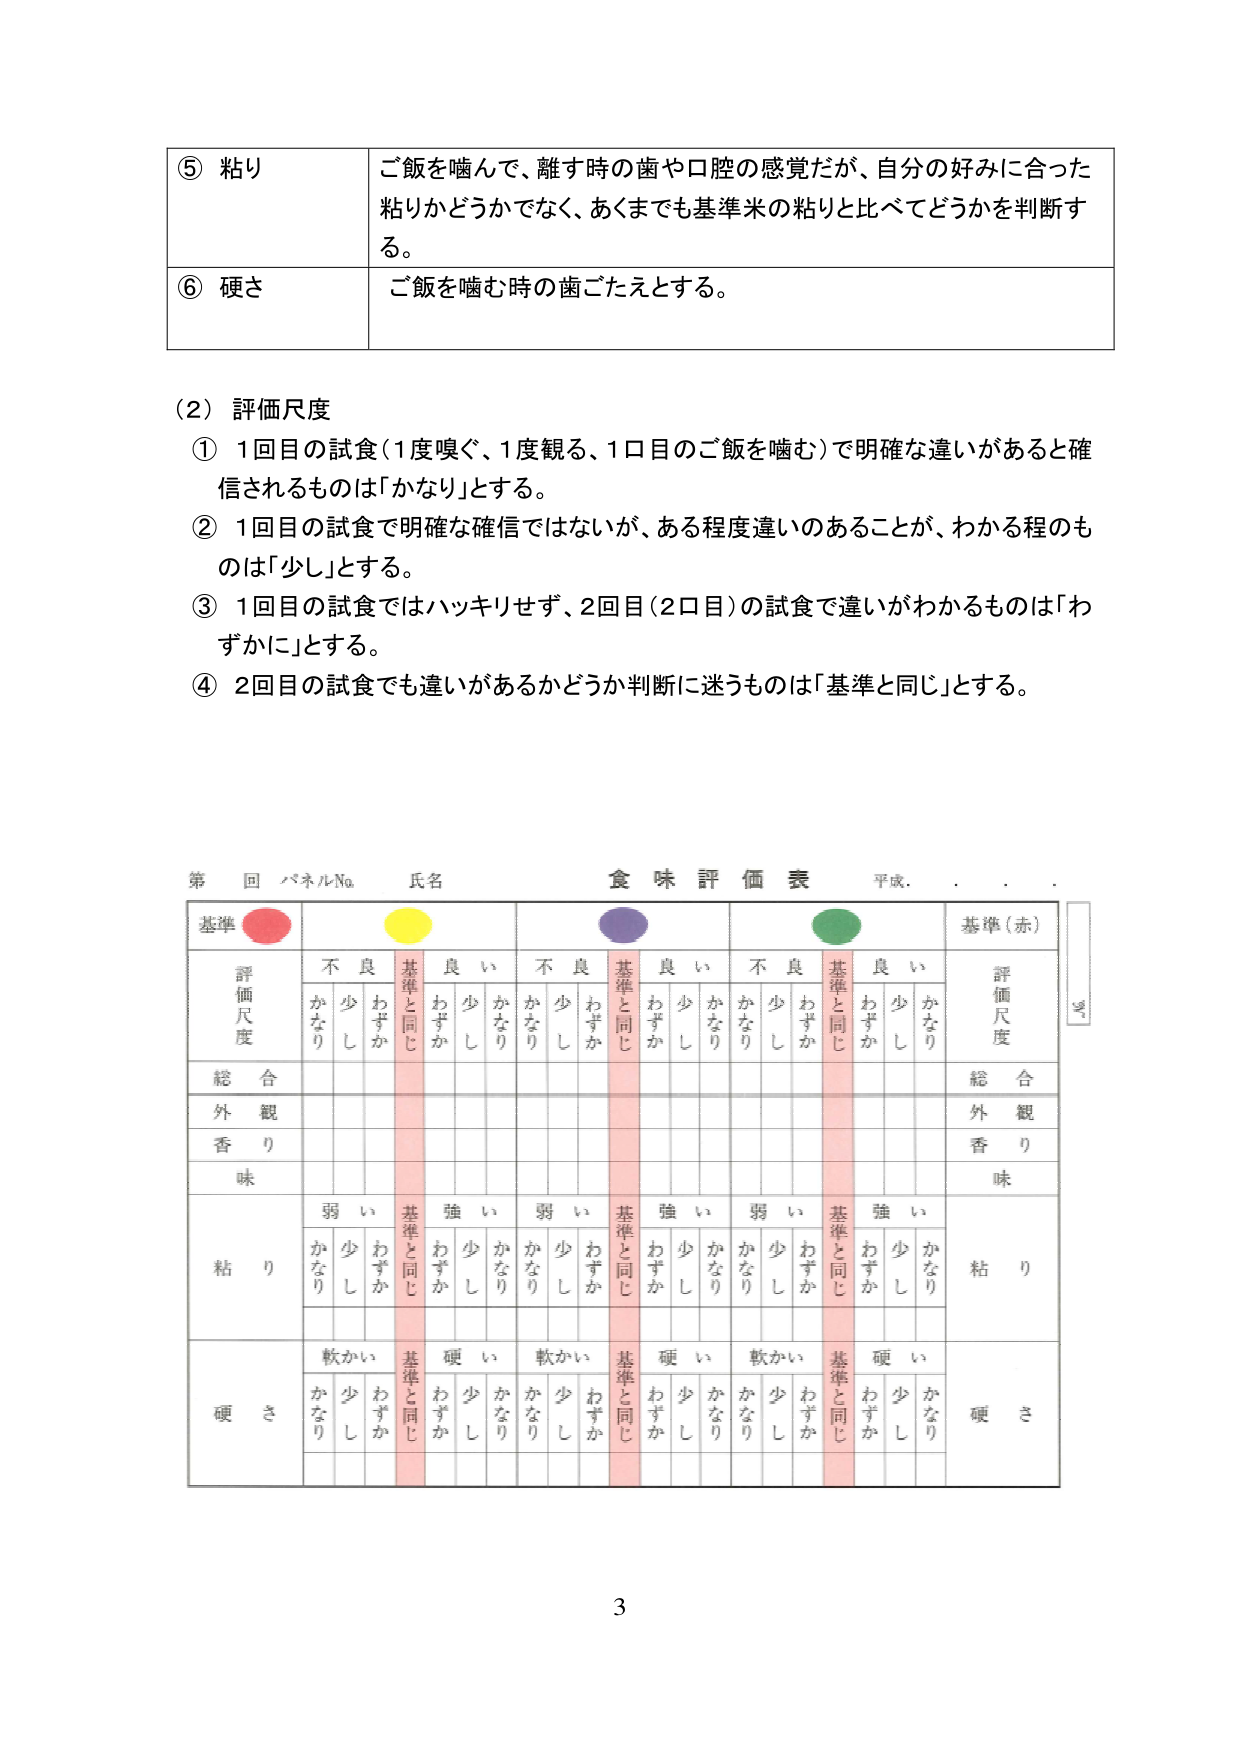
⑤ 粘り
ご飯を噛んで、離す時の歯や口腔の感覚だが、自分の好みに合った
粘りかどうかでなく、あくまでも基準米の粘りと比べてどうかを判断す
る。

⑥ 硬さ
ご飯を噛む時の歯ごたえとする。

（2）評価尺度
① 1回目の試食（1度嗅ぐ、1度観る、1口目のご飯を噛む）で明確な違いがあると確
信されるものは「かなり」とする。
② 1回目の試食で明確な確信ではないが、ある程度違いのあることが、わかる程のも
のは「少し」とする。
③ 1回目の試食ではハッキリせず、2回目（2口目）の試食で違いがわかるものは「わ
ずかに」とする。
④ 2回目の試食でも違いがあるかどうか判断に迷うものは「基準と同じ」とする。

第 回 パネルNo. 氏名 食味評価表 平成．．．．

基準（赤）
評価尺度
不 良 良 い 不 良 良 い 不 良 良 い
かなり 少し わずか 基準と同じ わずか 少し かなり かなり 少し わずか 基準と同じ わずか 少し かなり
総合
外観
香り
味
粘り
弱い 強い 弱い 強い 弱い 強い
かなり 少し わずか 基準と同じ わずか 少し かなり かなり 少し わずか 基準と同じ わずか 少し かなり
硬さ
軟かい 硬い 軟かい 硬い 軟かい 硬い
かなり 少し わずか 基準と同じ わずか 少し かなり かなり 少し わずか 基準と同じ わずか 少し かなり
基準（赤）
評価尺度
総合
外観
香り
味
粘り
硬さ

3